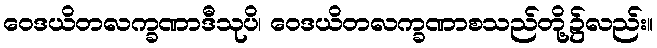
ဝေဒယိတလက္ခဏာဒီသုပိ၊ ဝေဒယိတလက္ခဏာစသည်တို့၌လည်း။